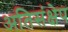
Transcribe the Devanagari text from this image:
अतिसंक्षेप